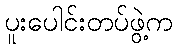
ပူးပေါင်းတပ်ဖွဲ့က